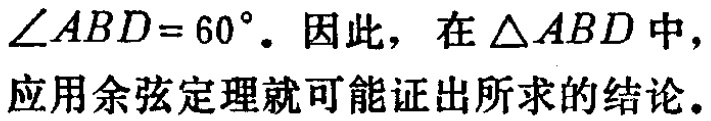
$\angle ABD = 60^{\circ}.$ 因此，在 $\triangle ABD$ 中，应用余弦定理就可能证出所求的结论。